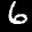
Label: 6